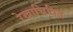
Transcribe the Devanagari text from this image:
रेखाचित्रित